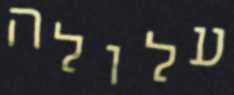
עלולה